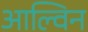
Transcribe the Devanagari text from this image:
आल्विन